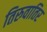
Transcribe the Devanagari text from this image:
तिरुवातिर